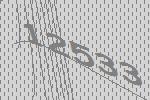
12533